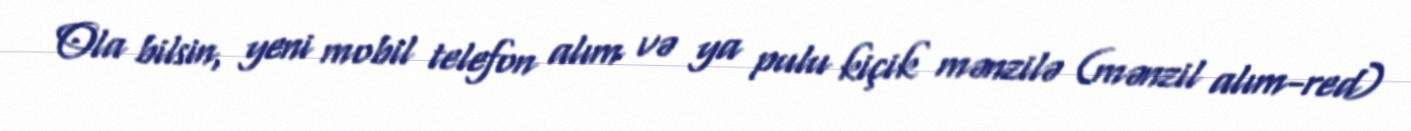
Ola bilsin, yeni mobil telefon alım və ya pulu kiçik mənzilə (mənzil alım-red)